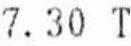
7.30 T